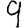
Digit: 9